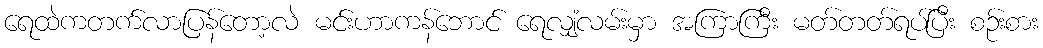
ရေထဲကတက်လာပြန်တော့လဲ မင်းဟာကန်ဘောင် ရေလျှံလမ်းမှာ အကြာကြီး မတ်တတ်ရပ်ပြီး စဉ်းစား